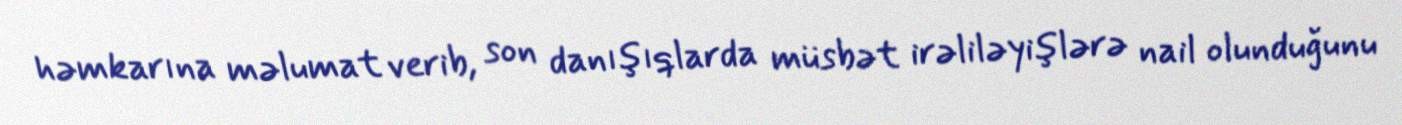
həmkarına məlumat verib, son danışıqlarda müsbət irəliləyişlərə nail olunduğunu